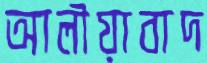
আলীয়াবাদ